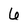
Character: 6